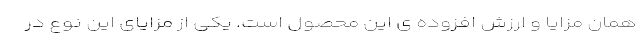
همان مزایا و ارزش افزوده ی این محصول است. یکی از مزایای این نوع در